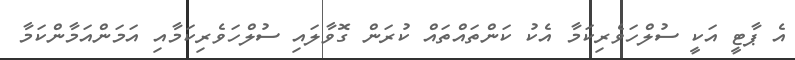
އެ ޕާޓީ އަކީ ސުލްހަވެރިކަމާ އެކު ކަންތައްތައް ކުރަން ގޮވާލައި ސުލްހަވެރިކަމާއި އަމަންއަމާންކަމާ